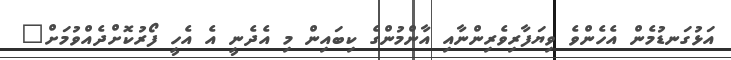
އަޅުގަނޑުމެން އެހެންވެ ވިޔަފާރިވެރިންނާއި އާންމުންގެ ކިބައިން މި އެދެނީ އެ އެހީ ފޯރުކޮށްދެއްވުމަށް"